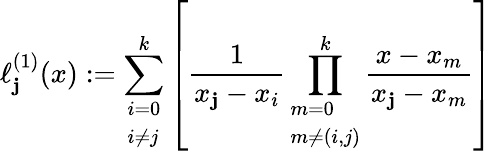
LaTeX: \ell_{\mathbf{j}}^{(1)}(x):=\sum_{\begin{array}{l}{i=0}\\ {i\not=j}\end{array}}^{k}\left[{\frac{{1}}{{x_{\mathbf{j}}-x_{i}}}}\prod_{\begin{array}{l}{m=0}\\ {m\not=(i,j)}\end{array}}^{k}{\frac{{x-x_{m}}}{{x_{\mathbf{j}}-x_{m}}}}\right]